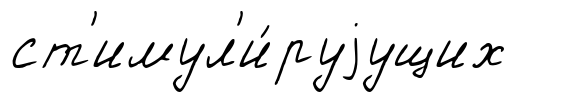
ст'имул'и́руjущих